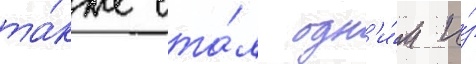
та́кже ста́л одн'и́м и́з